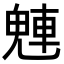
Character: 𬵀